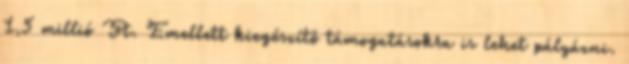
1,5 millió Ft. Emellett kiegészítő támogatásokra is lehet pályázni.